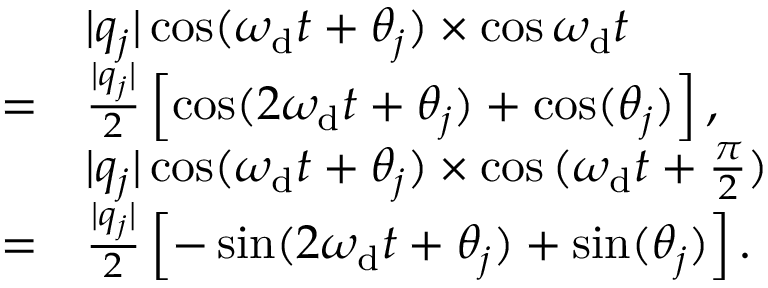
\begin{array} { r l } & { \lvert q _ { j } \rvert \cos ( \omega _ { \mathrm { d } } t + \theta _ { j } ) \times \cos { \omega _ { \mathrm { d } } t } } \\ { = } & { \frac { \lvert q _ { j } \rvert } { 2 } \left[ \cos ( 2 \omega _ { \mathrm { d } } t + \theta _ { j } ) + \cos ( \theta _ { j } ) \right] , } \\ & { \lvert q _ { j } \rvert \cos ( \omega _ { \mathrm { d } } t + \theta _ { j } ) \times \cos { ( \omega _ { \mathrm { d } } t + \frac { \pi } { 2 } ) } } \\ { = } & { \frac { \lvert q _ { j } \rvert } { 2 } \left[ - \sin ( 2 \omega _ { \mathrm { d } } t + \theta _ { j } ) + \sin ( \theta _ { j } ) \right] . } \end{array}